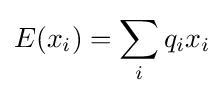
E(x_{i})=\sum _{i}q_{i}x_{i}